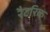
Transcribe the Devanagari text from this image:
रैटरिक